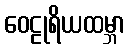
ဝေဠုရိယထမ္ဘာ